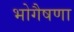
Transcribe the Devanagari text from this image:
भोगैषणा